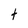
Character: t